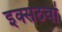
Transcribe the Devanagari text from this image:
इक्सठवां